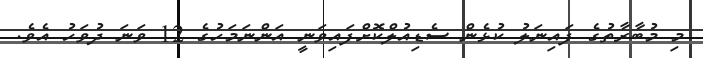
މި މުބާރާތުގެ ފައިނަލު ކުޅެން ސެޑިއުލްކޮށްފައިވަނީ އަންނަމަހުގެ 12 ވަނަ ދުވަހު އެވެ.